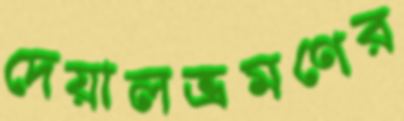
দেয়ালভ্রমণের